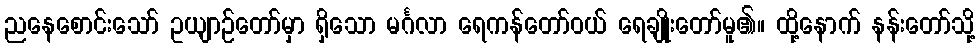
ညနေစောင်းသော် ဥယျာဉ်တော်မှာ ရှိသော မင်္ဂလာ ရေကန်တော်ဝယ် ရေချိုးတော်မူ၏။ ထို့နောက် နန်းတော်သို့